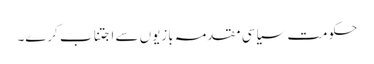
حکومت سیاسی مقدمہ بازیوں سے اجتناب کرے۔